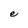
Character: e